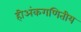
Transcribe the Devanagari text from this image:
हीअंकगणितीय